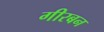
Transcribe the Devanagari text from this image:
गीरबन